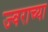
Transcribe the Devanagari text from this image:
ज्वराच्या